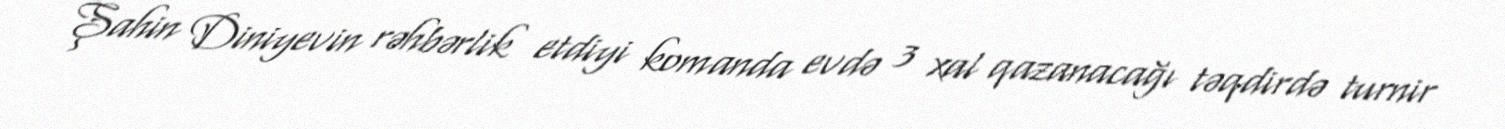
Şahin Diniyevin rəhbərlik etdiyi komanda evdə 3 xal qazanacağı təqdirdə turnir